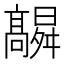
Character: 𮪻